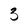
Character: 3